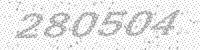
Solution: 280504